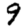
Digit: 9